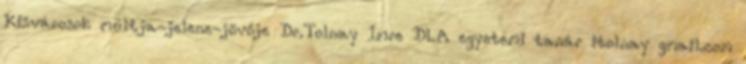
Kisvárosok múltja-jelene-jövője Dr.Tolnay Imre DLA egyetemi tanár itolnay gmail.com